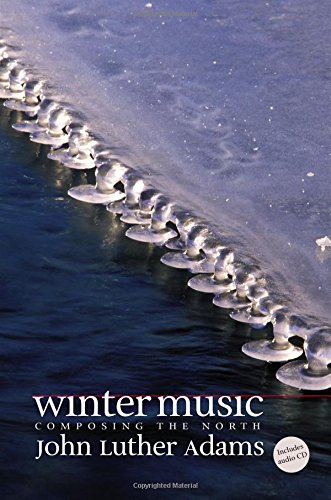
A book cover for Winter Music: Composing the North; John Luther Adams; History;